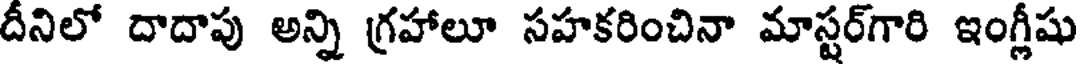
దీనిలో దాదాపు అన్ని గ్రహాలూ సహకరించినా మాస్టర్గారి ఇంగ్లీషు